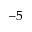
- 5